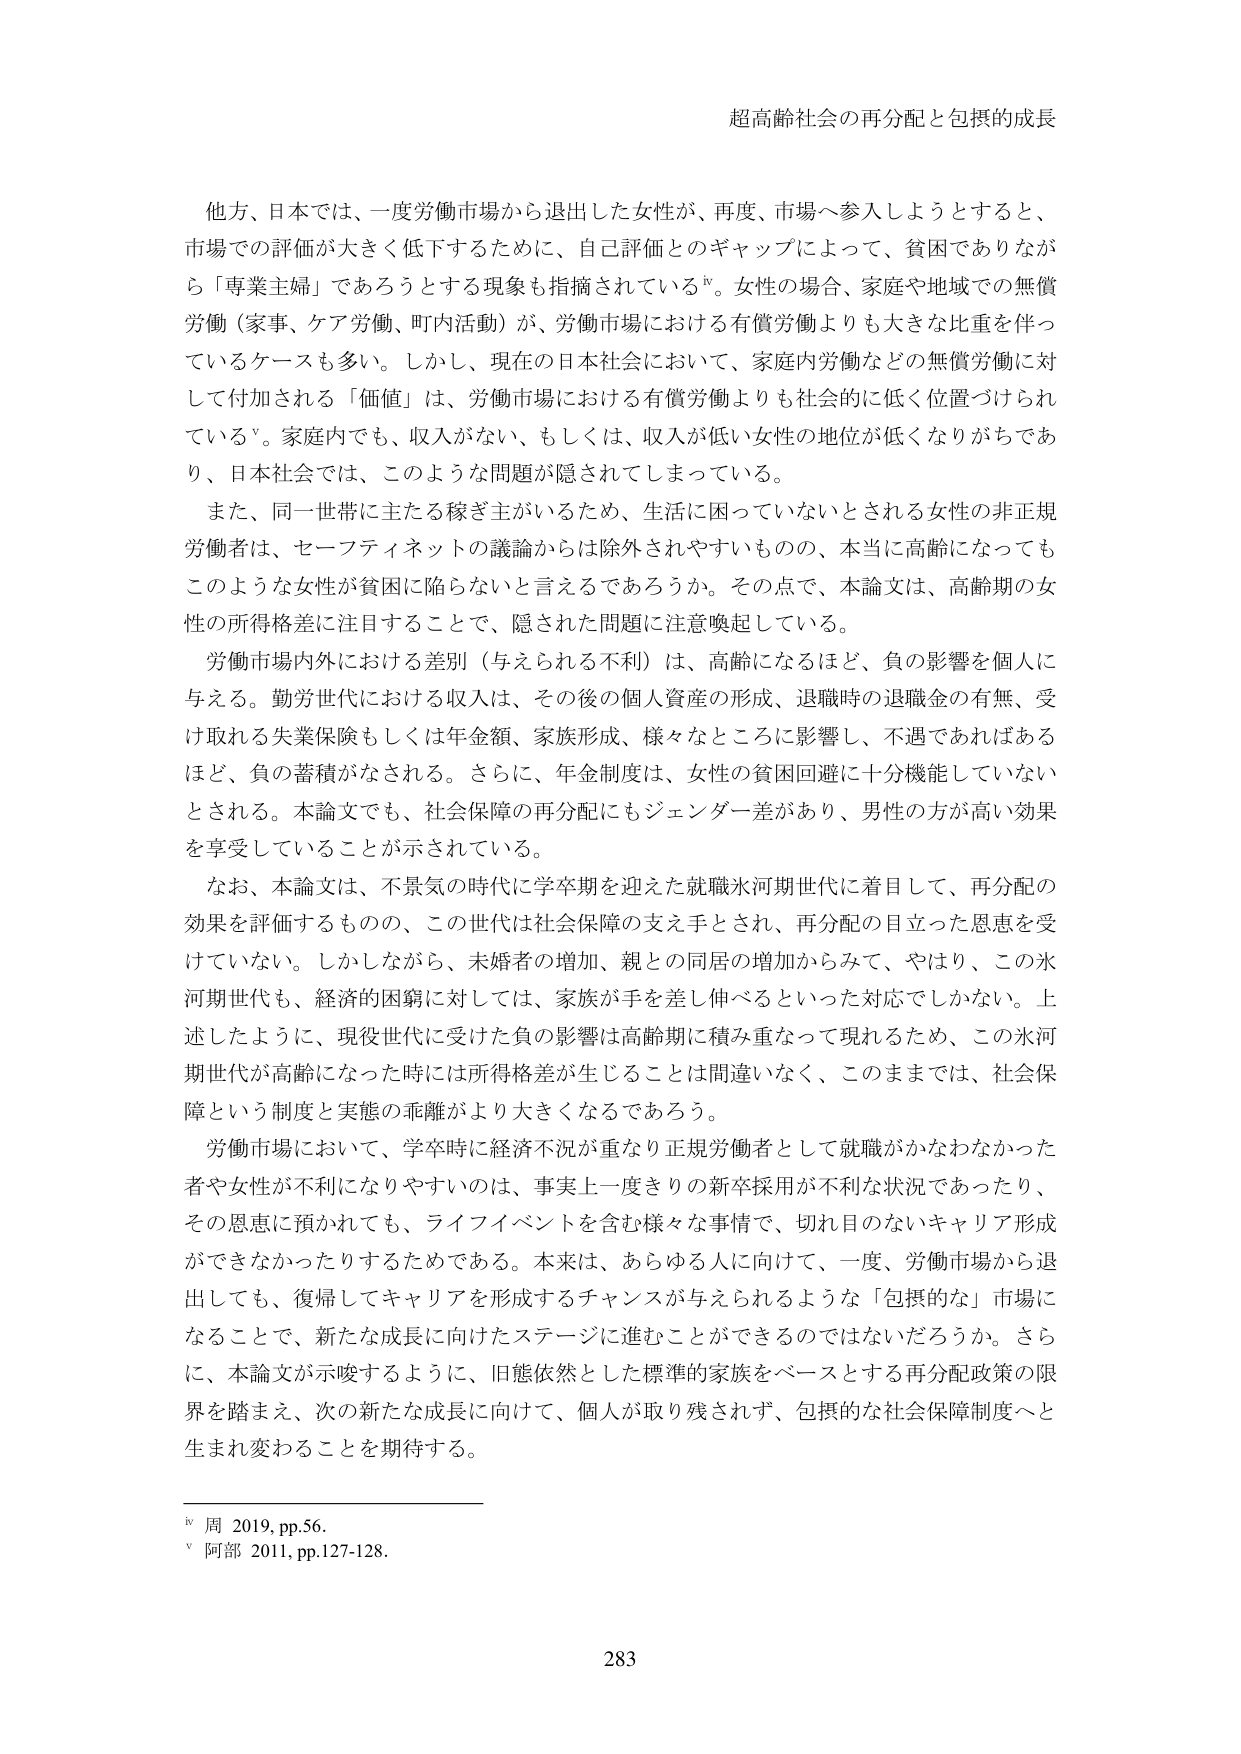
超高齢社会の再分配と包摂的成長

他方、日本では、一度労働市場から退出した女性が、再度、市場へ参入しようとすると、
市場での評価が大きく低下するために、自己評価とのギャップによって、貧困でありながら「専業主婦」であろうとする現象も指摘されているiv。女性の場合、家庭や地域での無償
労働（家事、ケア労働、町内活動）が、労働市場における有償労働よりも大きな比重を伴っ
ているケースも多い。しかし、現在の日本社会において、家庭内労働などの無償労働に対
して付加される「価値」は、労働市場における有償労働よりも社会的に低く位置づけられ
ているv。家庭内でも、収入がない、もしくは、収入が低い女性の地位が低くなりがちであ
り、日本社会では、このような問題が隠されてしまっている。

また、同一世帯に主たる稼ぎ主がいるため、生活に困っていないとされる女性の非正規
労働者は、セーフティネットの議論からは除外されやすいものの、本当に高齢になっても
このような女性が貧困に陥らないと言えるであろうか。その点で、本論文は、高齢期の女
性の所得格差に注目することで、隠された問題に注意喚起している。

労働市場内外における差別（与えられる不利）は、高齢になるほど、負の影響を個人に
与える。勤労世代における収入は、その後の個人資産の形成、退職時の退職金の有無、受
け取れる失業保険もしくは年金額、家族形成、様々などころに影響し、不遇であればある
ほど、負の蓄積がなされる。さらに、年金制度は、女性の貧困回避に十分機能していない
とされる。本論文でも、社会保障の再分配にもジェンダー差があり、男性の方が高い効果
を享受していることが示されている。

なお、本論文は、不景気の時代に学卒期を迎えた就職氷河期世代に着目して、再分配の
効果を評価するものの、この世代は社会保障の支え手とされ、再分配の目立った恩恵を受
けていない。しかしながら、未婚者の増加、親との同居の増加からみて、やはり、この氷
河期世代も、経済的困窮に対しては、家族が手を差し伸べるといった対応でしかない。上
述したように、現役世代に受けた負の影響は高齢期に積み重なって現れるため、この氷河
期世代が高齢になった時には所得格差が生じることは間違いなく、このままでは、社会保
障という制度と実態の乖離がより大きくなるであろう。

労働市場において、学卒時に経済不況が重なり正規労働者として就職がかなわなかった
者や女性が不利になりやすいのは、事実上一度きりの新卒採用が不利な状況であったり、
その恩恵に預かれてても、ライフイベントを含む様々な事情で、切れ目のないキャリア形成
ができなかったりするためである。本来は、あらゆる人に向けて、一度、労働市場から退
出しても、復帰してキャリアを形成するチャンスが与えられるような「包摂的な」市場に
なることで、新たな成長に向けたステージに進むことができるのではないだろうか。さら
に、本論文が示唆するように、旧態依然とした標準的家族をベースとする再分配政策の限
界を踏まえ、次の新たな成長に向けて、個人が取り残されず、包摂的な社会保障制度へと
生まれ変わることを期待する。

iv 周 2019, pp.56.
v 阿部 2011, pp.127-128.

283